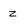
Character: Z